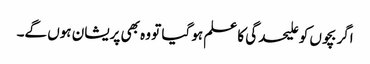
اگر بچوں کو علیحدگی کا علم ہو گیا تو وہ بھی پریشان ہوں گے۔